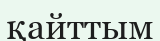
қайттым